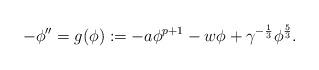
LaTeX: \begin{align*} -\phi''=g(\phi):=-a\phi^{p+1}-w\phi+\gamma^{-\frac 13}\phi^{\frac 53}.\end{align*}